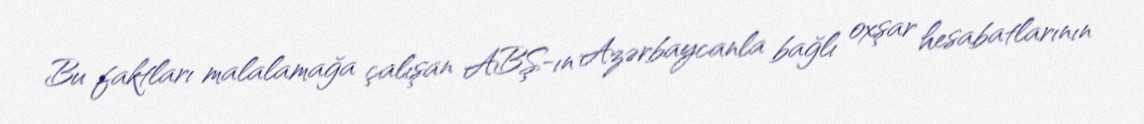
Bu faktları malalamağa çalışan ABŞ-ın Azərbaycanla bağlı oxşar hesabatlarının